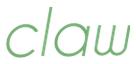
claw